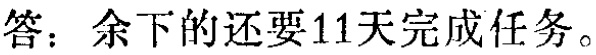
答：余下的还要11天完成任务。